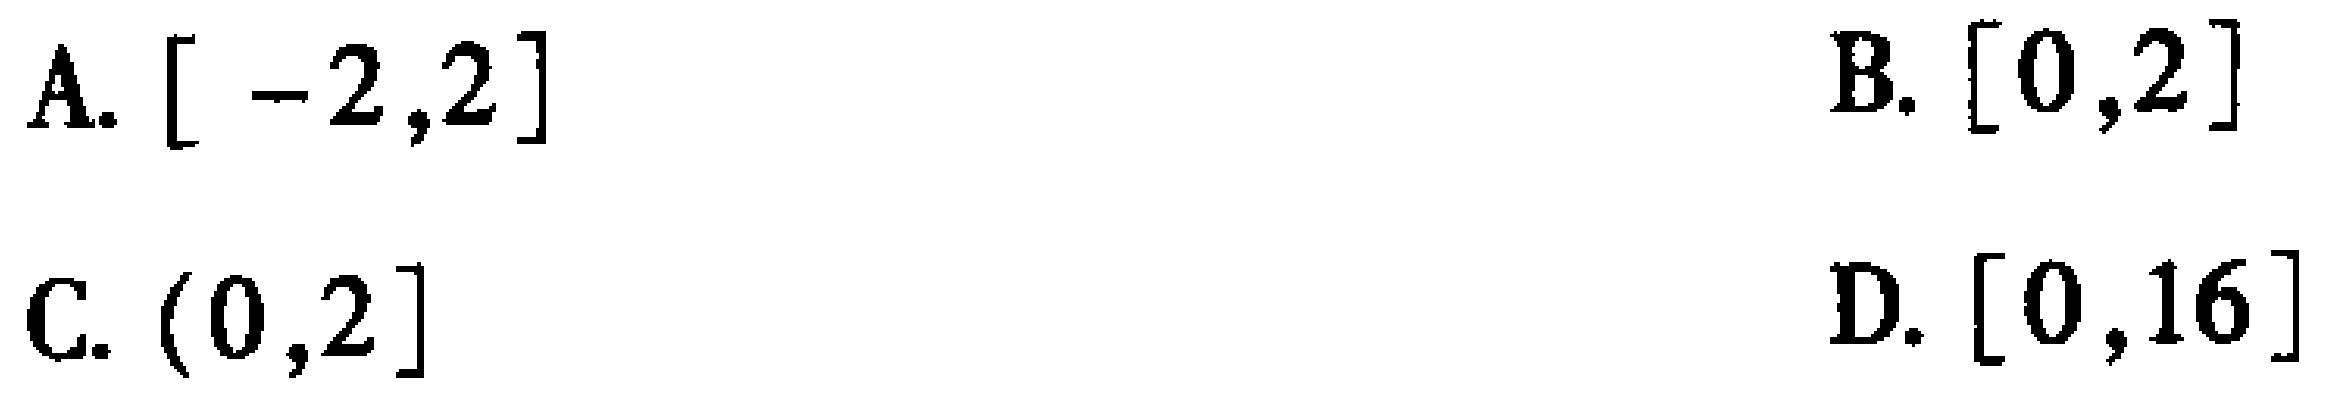
A. $[-2,2]$

B. $[0,2]$

C. $(0,2]$

D. $[0,16]$